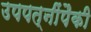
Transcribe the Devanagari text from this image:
उपपत्‍नींपैकी